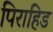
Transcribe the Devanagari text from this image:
पिराहिड